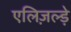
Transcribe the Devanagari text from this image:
एलिज़ल्ड़े